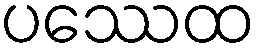
ပဿေထ